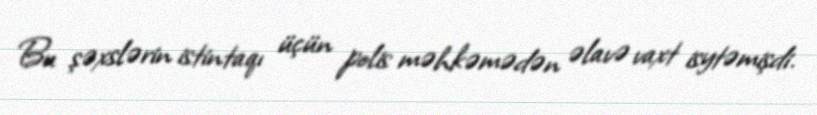
Bu şəxslərin istintaqı üçün polis məhkəmədən əlavə vaxt isytəmişdi.